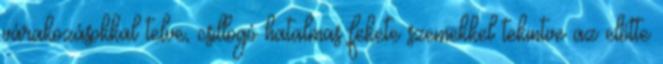
várakozásokkal telve, csillogó hatalmas fekete szemekkel tekintve az előtte